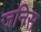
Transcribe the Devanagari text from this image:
जनिस